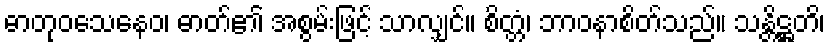
ဓာတုဝသေနေဝ၊ ဓာတ်၏ အစွမ်းဖြင့် သာလျှင်။ စိတ္တံ၊ ဘာဝနာစိတ်သည်။ သန္တိဋ္ဌတိ၊